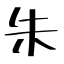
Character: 朱